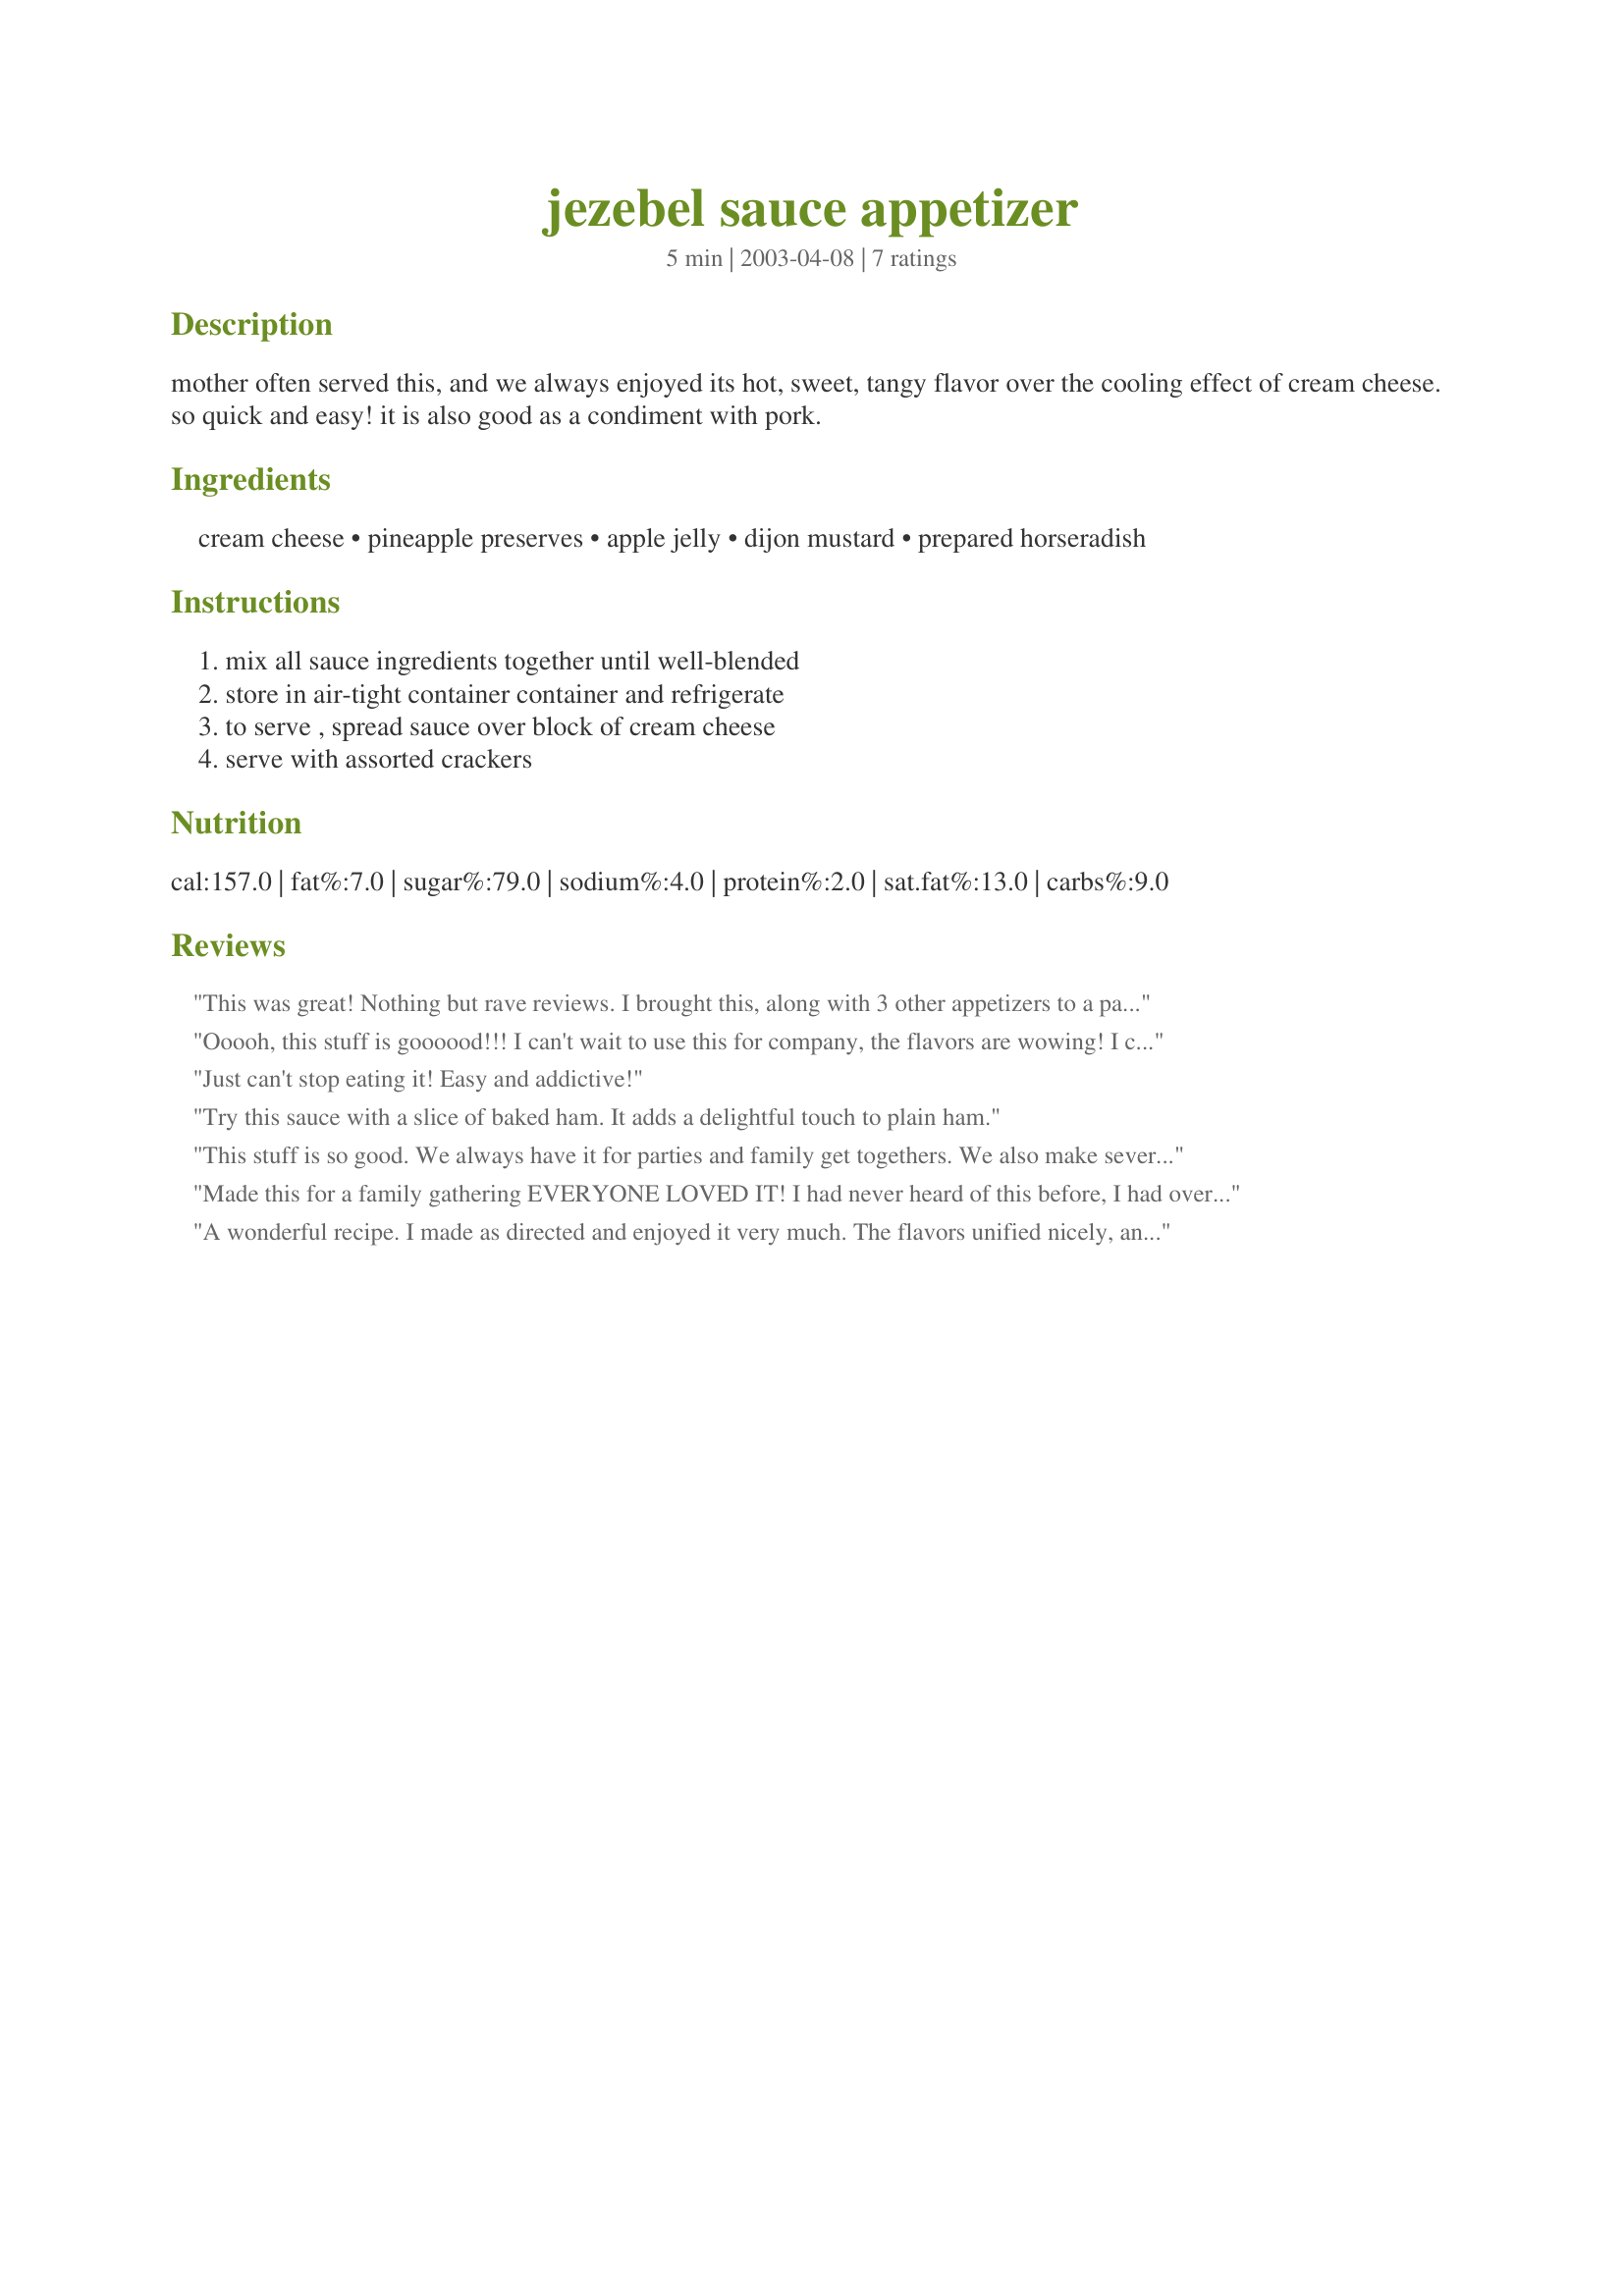
jezebel sauce appetizer
Preparation time: 5 minutes

mother often served this, and we always enjoyed its hot, sweet, tangy flavor over the cooling effect of cream cheese. so quick and easy! it is also good as a condiment with pork.

Ingredients:
cream cheese, pineapple preserves, apple jelly, dijon mustard, prepared horseradish

Steps:
mix all sauce ingredients together until well-blended, store in air-tight container container and refrigerate, to serve , spread sauce over block of cream cheese, serve with assorted crackers

Reviews:
This was great! Nothing but rave reviews. I brought this, along with 3 other appetizers to a party and the others were pretty much overlooked. And had requests for not only the recipe, but to bring it to future get togethers as well!
Ooooh, this stuff is goooood!!! I can't wait to use this for company, the flavors are wowing! I can't find plain pineapple preserves, so I used apricot pineapple. Delish! Thanks!
Just can't stop eating it! Easy and addictive!
Try this sauce with a slice of baked ham. It adds a delightful touch to plain ham.
This stuff is so good. We always have it for parties and family get togethers. We also make several batches of it and sell jars of it at the church bake sale. It sells just as fast as the baked goods.
Made this for a family gathering EVERYONE LOVED IT! I had never heard of this before, I had overheard someone talking about her family recipe and came looking to see what I could find! Definitely been added to our list of favorite recipes! Thanks for sharing :)
A wonderful recipe. I made as directed and enjoyed it very much. The flavors unified nicely, and the balance of sweet and tangy was perfect. Thanks so much for sharing this recipe. I will use it again!
